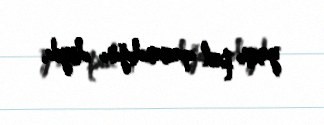
yaxşı pul qazandığını deyib.